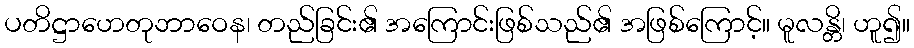
ပတိဋ္ဌာဟေတုဘာဝေန၊ တည်ခြင်း၏ အကြောင်းဖြစ်သည်၏ အဖြစ်ကြောင့်။ မူလန္တိ၊ ဟူ၍။